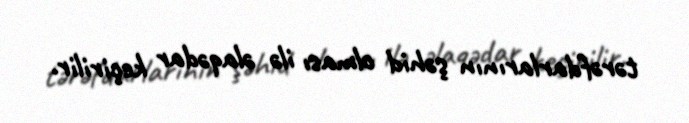
tərəfdarlarının şəhid olması ilə əlaqədar keçirilir.